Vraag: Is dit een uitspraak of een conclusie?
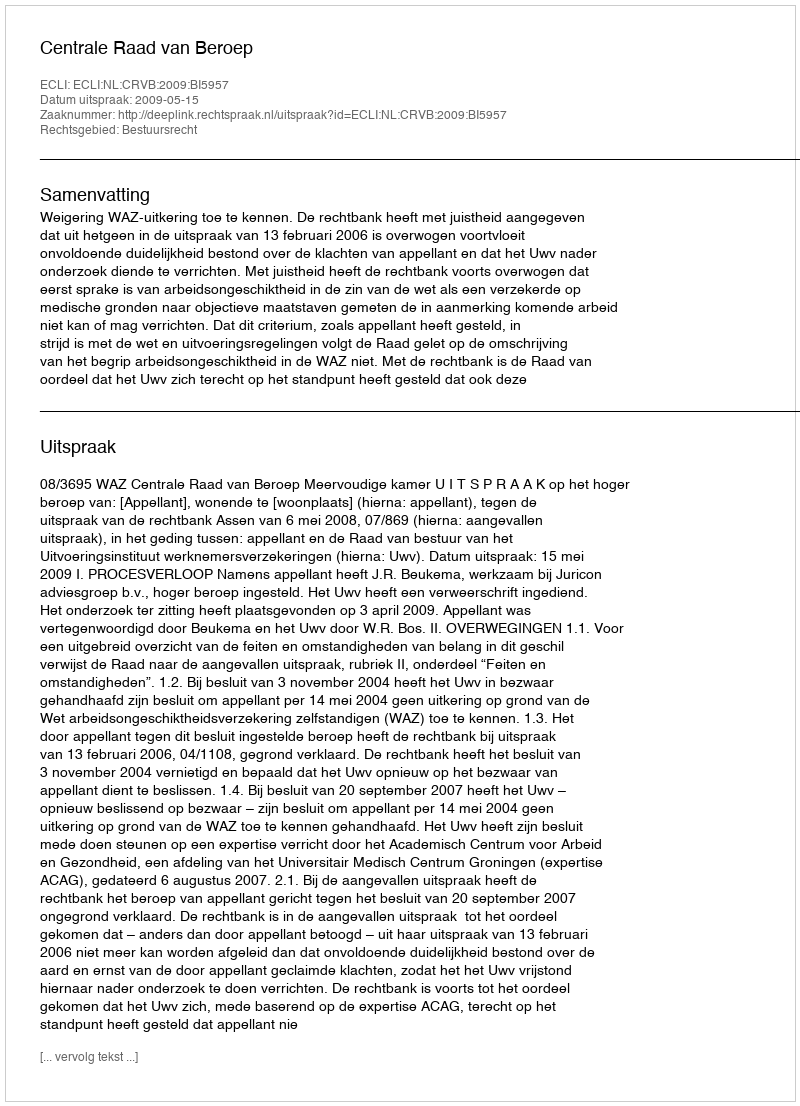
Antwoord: Uitspraak